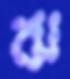
ঝ